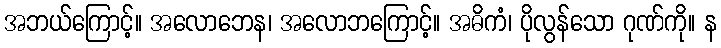
အဘယ်ကြောင့်။ အလောဘေန၊ အလောဘကြောင့်။ အဓိကံ၊ ပိုလွန်သော ဂုဏ်ကို။ န